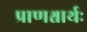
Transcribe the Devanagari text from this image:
प्राणश्चार्थः